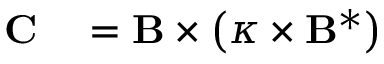
\begin{array} { r l } { \mathbf { C } } & { { } = \mathbf { B } \times \left( \boldsymbol { \kappa } \times \mathbf { B } ^ { * } \right) } \end{array}